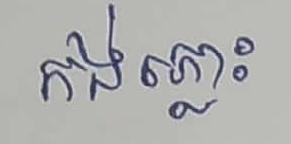
កង់ភ្លោះ